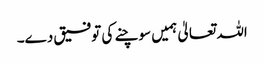
اللہ تعالیٰ ہمیں سوچنے کی توفیق دے۔